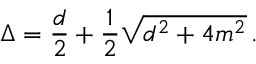
\Delta = \frac { d } { 2 } + \frac { 1 } { 2 } \sqrt { d ^ { 2 } + 4 m ^ { 2 } } \, .